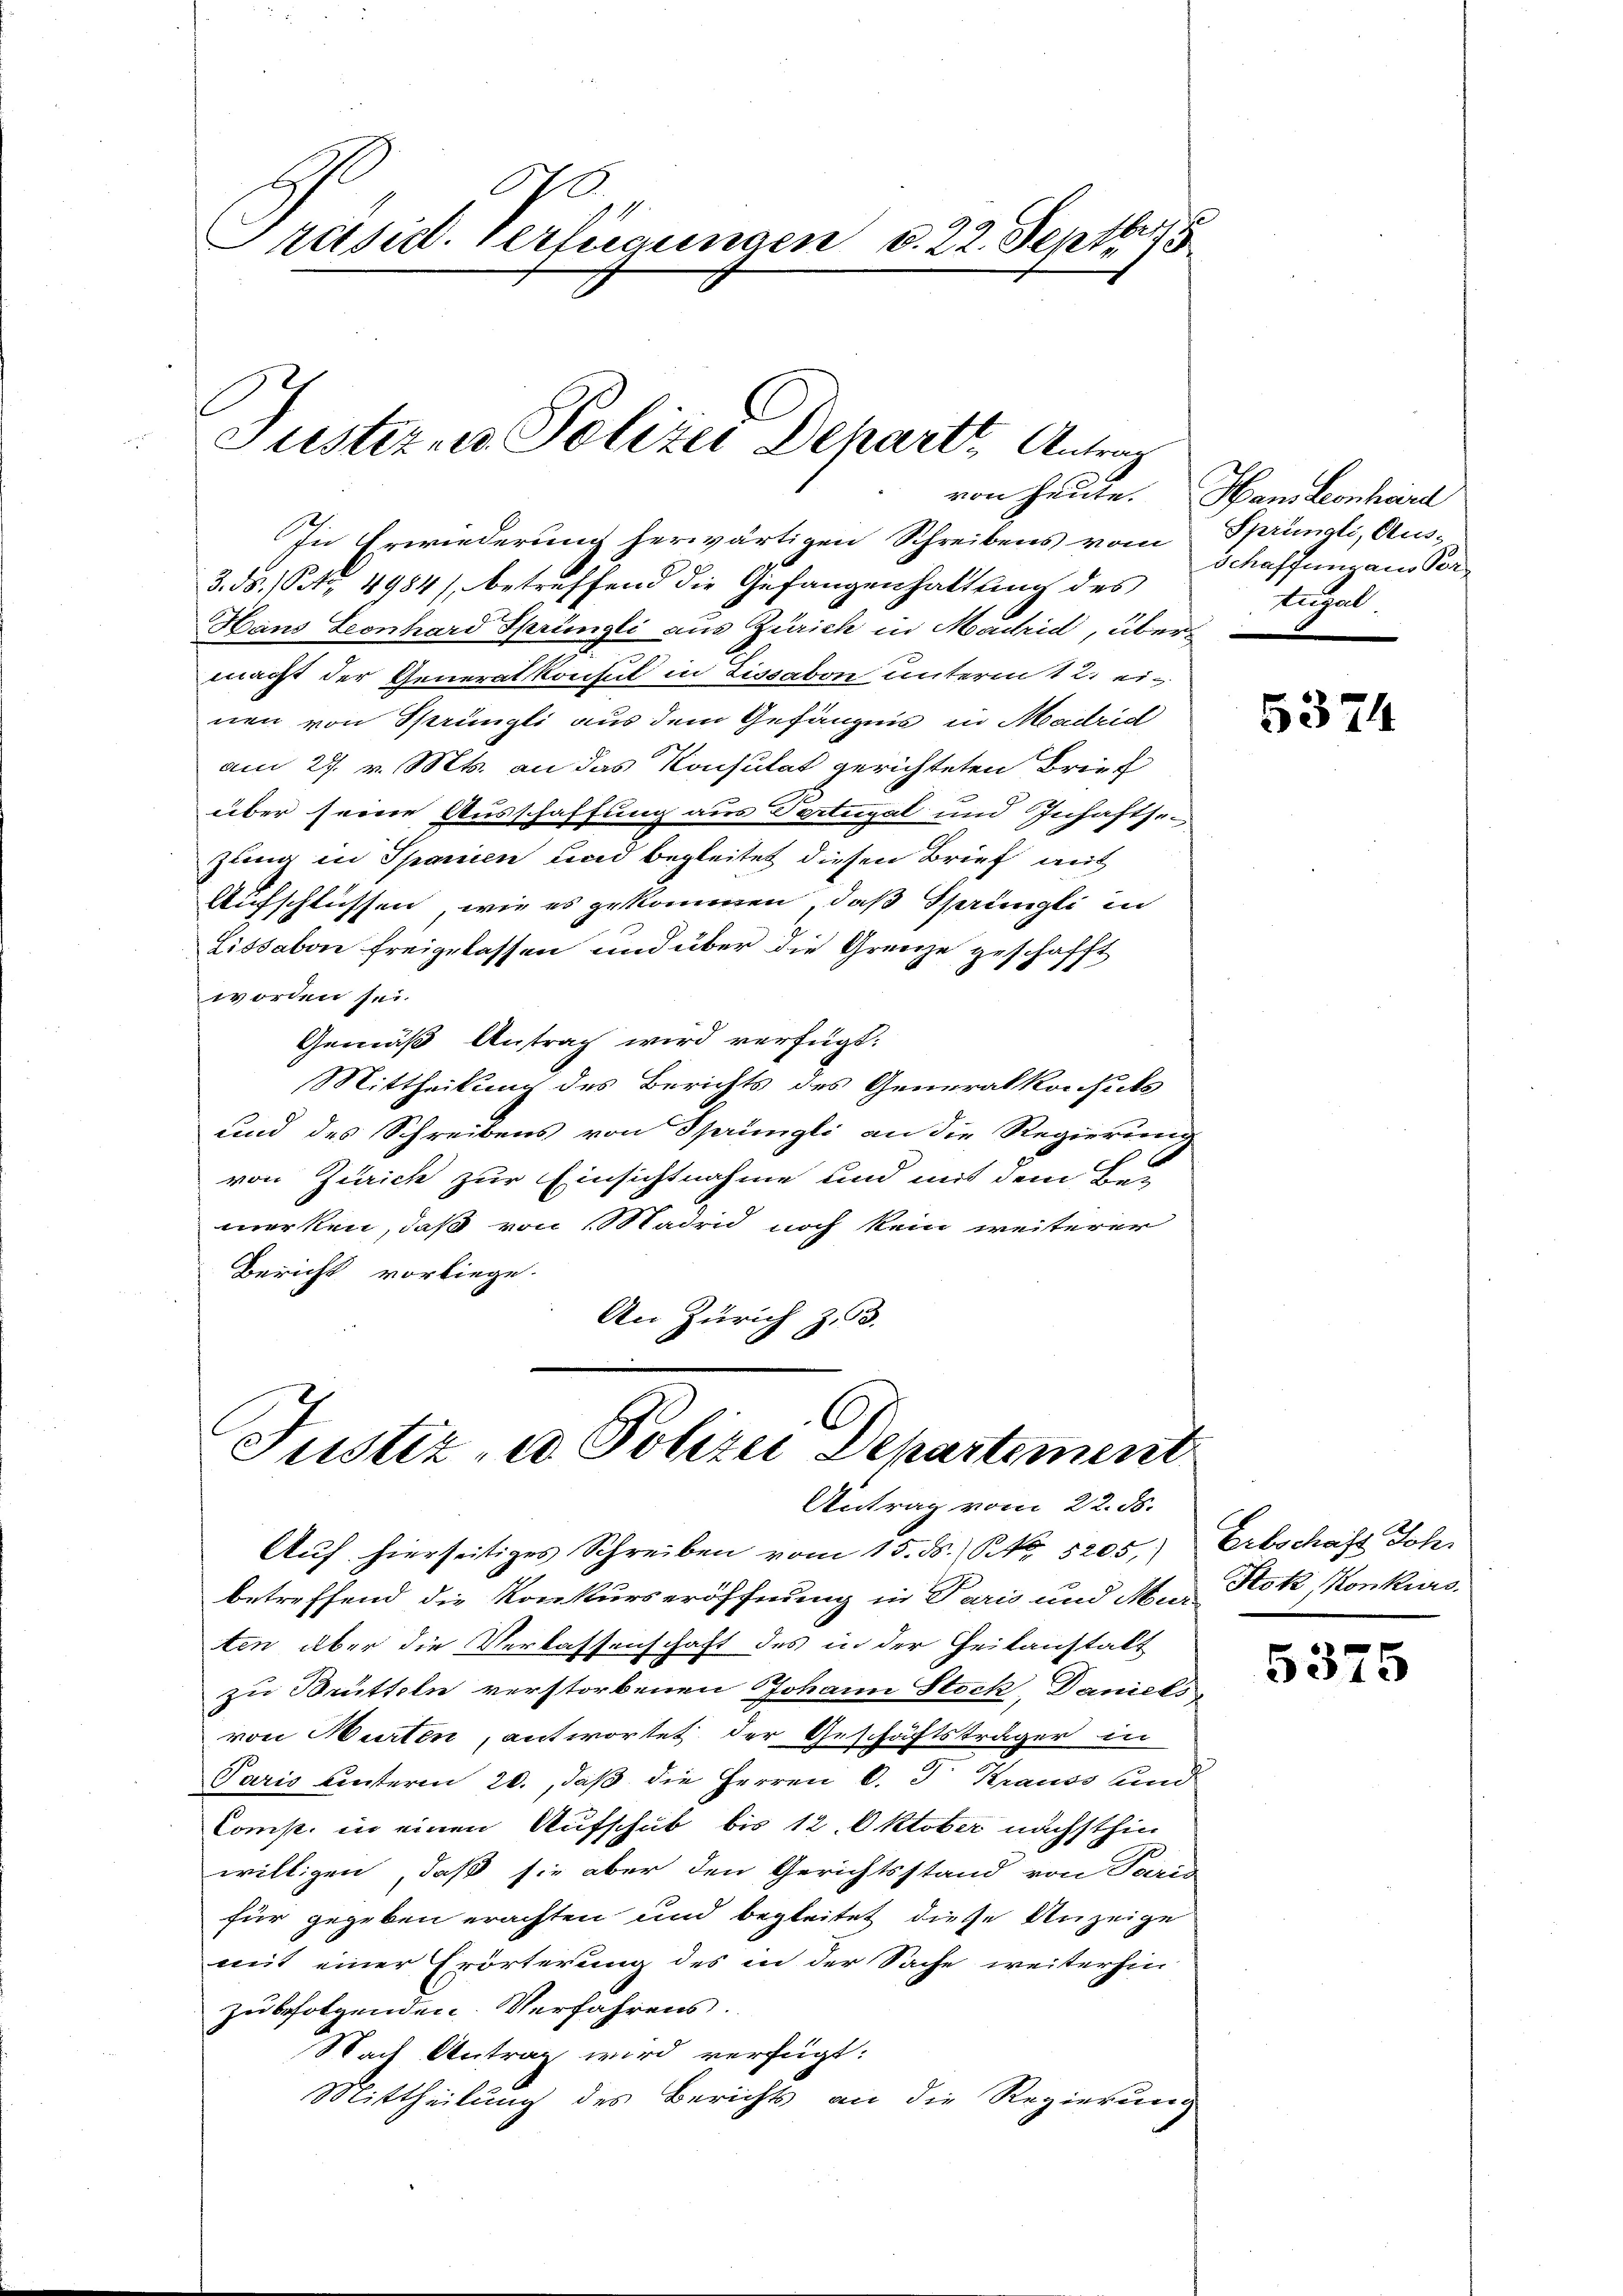
A
räsid. Verfügungen v. 22. Septbr

Justiz u. Polizei Departe Antrag

In Erwiederung herwärtigen Schreibens vom
3. ds. Petz. 4984) betreffend die Gefangenhaltung des
Hans Leonhard Sprüngli aus Zürich in Machid, übermacht der Generalkonsul in Lissabon unterm 12. einen von Sprüngli aus dem Gefängnis in Madrid
am 27. v. Mts. an das Konsulat gerichteten Brief
über seine Ausschaffung aus Portugal und Inhaftsezung in Spanien und begleitet diesen Brief auf
Aufschlüssen, wie es gekommen, daß Sprüngli in
Lissabon freigelassen und über die Grenze geschafft
worden sei.
Gemäß Antrag wird verfügt:
Mittheilung des Berichts des Generalkonsits
und des Schreibens von Sprüngli an die Regierung
von Zürich zur Einsichtnahme und mit dem Be
merken, daß von Madrid noch kein weiterer
Bericht vorliege.
An Zürich Z. 63.
9

Justiz- u Polizei Departement
Antrag vom 22. ds.

von heute. Hans Leonhard
Sprüngli, Aus-
Schaffung aus Per
tugal

Auf hierseitiges Schreiben vom 15. ds. S. Nr. 5205.) Erbschaft Joh.
betreffend die Konkurseröffnung in Paris und Max Hok, Konkurs
ten über die Verlassenschaft des in der Heitanstalt
zu Brütteln verstorbenen Johann Stock, Daniels
von Murten, antwortet der Geschäftsträger in
Paris unterm 20., daß die Herren C. F. Krauss und
Comp. in einen Aufschub bis 12. Oktober nächsthin
willigen, daß sie aber den Gerichtsstand von Paris
für gegeben erachten und begleitet diese Anzeige
mit einer Erörterung des in der Sache weiterhin
zu befolgenden Verfahrens.
Nach Antrag wird verfügt:
Mittheilung des Berichts an die Regierung

5374

5375